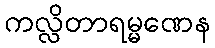
ကလ္လိတာရမ္မဏေန